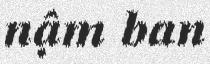
nậm ban